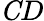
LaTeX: \mathit CD